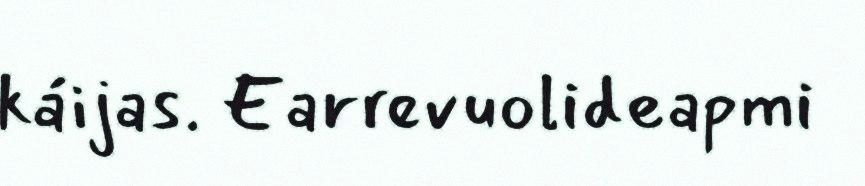
káijas. Earrevuolideapmi